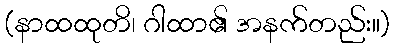
(နာထထုတိ၊ ဂါထာ၏ အနက်တည်း။)